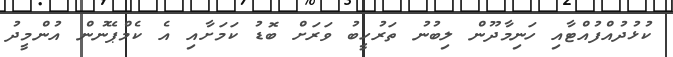
ކުޅުދުއްފުއްޓާއި ހަނިމާދޫން ލިބުނު ތަރުހީބު ވަރަށް ބޮޑު ކަމަށާއި އެ ކެމްޕޭނުން އުންމީދު